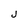
Character: j